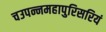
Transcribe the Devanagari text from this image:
चउपन्नमहापुरिसरियं